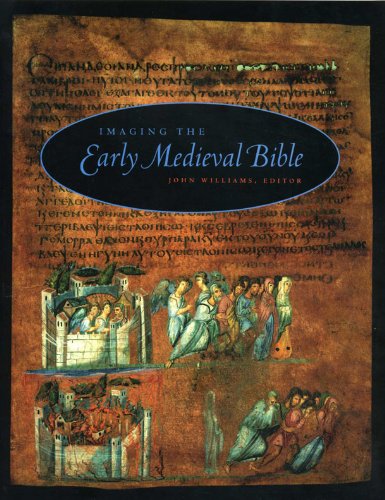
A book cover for Imaging the Early Medieval Bible (Penn State Series in the History of the Book); Arts & Photography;